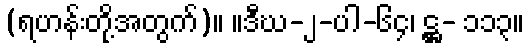
(ရဟန်းတို့အတွက်)။ ။ဒီဃ-၂-ပါ-၆၄၊ ဋ္ဌ- ၁၁၃။